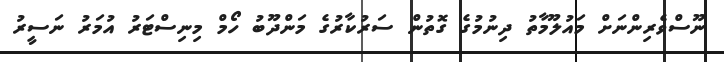
ނޫސްވެރިންނަށް މައުލޫމާތު ދިނުމުގެ ގޮތުން ސަރުކާރުގެ މަންދޫބު ހޯމް މިނިސްޓަރު އުމަރު ނަސީރު